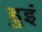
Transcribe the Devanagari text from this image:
हुइं